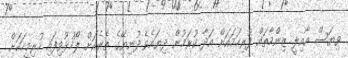
ވިޔަސް އާއިލީ ޒިންމާތައް ފުރިހަމައަށް އަދާ ކުރަމުން ދިޔައެވެ.ދުނިޔޭގެ ތެރެއަށް ލޯހުޅުވިފައި ހުރިމީހަކަށް